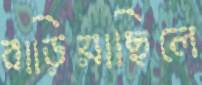
বাড়িয়াছিলে